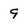
Character: 9